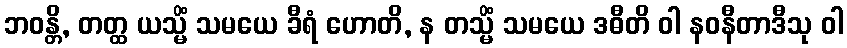
ဘဝန္တိ, တတ္ထ ယသ္မိံ သမယေ ခီရံ ဟောတိ, န တသ္မိံ သမယေ ဒဓီတိ ဝါ နဝနီတာဒီသု ဝါ